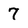
Character: 7